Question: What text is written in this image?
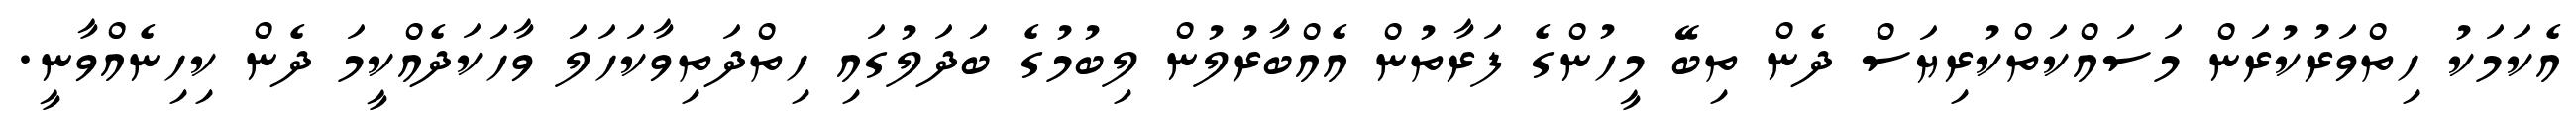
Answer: އެކަމަކު ހިތްވަރުކުރަން މަސައްކަތްކުރިޔަސް ދެން ތިބޭ މީހުންގެ ފަރާތުން އެއްބާރުލުން ލިބުމުގެ ބަދަލުގައި ހިތްދަތިވާކަހަލަ ވާހަކަދެއްކީމަ ދެން ކިހިނެއްވާނީ.